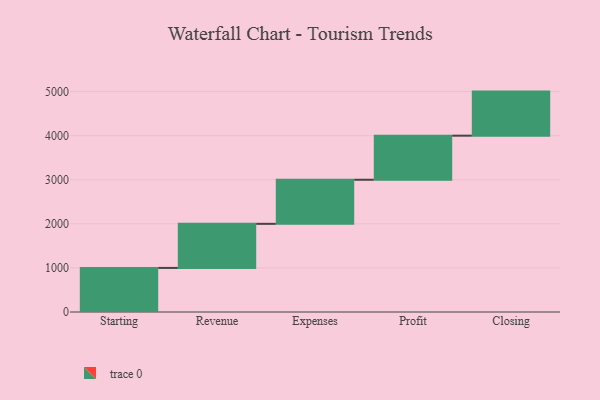
{"axis": {"x": "Step", "y": "Value"}, "legend": [""], "data": [{"x": "Starting", "y": 1000, "type": ""}, {"x": "Revenue", "y": 1000, "type": ""}, {"x": "Expenses", "y": 1000, "type": ""}, {"x": "Profit", "y": 1000, "type": ""}, {"x": "Closing", "y": 1000, "type": ""}]}